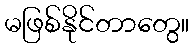
မဖြစ်နိုင်တာတွေ။